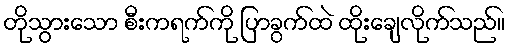
တိုသွားသော စီးကရက်ကို ပြာခွက်ထဲ ထိုးချေလိုက်သည်။